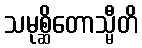
သမုစ္ဆိတောသ္မီတိ